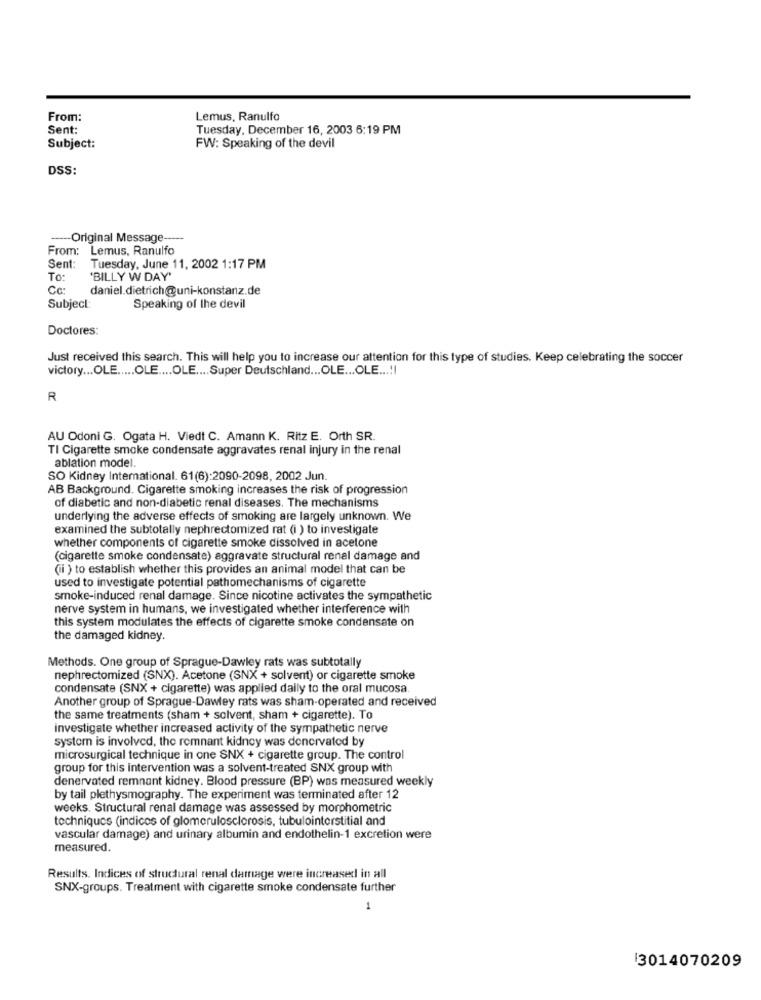
From:
Lemus, Ranulfo
Sent:
Tuesday, December 16, 2003 6:19 PM
Subject:
FW: Speaking of the devil
DSS:
-Original Message-
From: Lemus, Ranulfo
Sent:
Tuesday, June 11, 2002 1:17 PM
To:
'BILLY W DAY'
Cc:
daniel.dietrich@uni-konstanz.de
Subject:
Speaking of the devil
Doctores:
Just received this search. This will help you to increase our attention for this type of studies. Keep celebrating the soccer
victory ... OLE ..... OLE .... OLE .... Super Deutschland ... OLE ... OLE ...!!
R
AU Odoni G. Ogata H. Viedt C. Amann K. Ritz E. Orth SR.
TI Cigarette smoke condensate aggravates renal injury in the renal
ablation model.
SO Kidney International. 61(6):2090-2098, 2002 Jun.
AB Background. Cigarette smoking increases the risk of progression
of diabetic and non-diabetic renal diseases. The mechanisms
underlying the adverse effects of smoking are largely unknown. We
examined the subtotally nephrectomized rat (i ) to investigate
whether components of cigarette smoke dissolved in acetone
(cigarette smoke condensate) aggravate structural renal damage and
(ii ) to establish whether this provides an animal model that can be
used to investigate potential pathomechanisms of cigarette
smoke-induced renal damage. Since nicotine activates the sympathetic
nerve system in humans, we investigated whether interference with
this system modulates the effects of cigarette smoke condensate on
the damaged kidney.
Methods. One group of Sprague-Dawley rats was subtotally
nephrectomized (SNX). Acetone (SNX + solvent) or cigarette smoke
condensate (SNX + cigarette) was applied daily to the oral mucosa
Another group of Sprague-Dawley rats was sham-operated and received
the same treatments (sham + solvent, sham + cigarette). To
investigate whether increased activity of the sympathetic nerve
system is involved, the remnant kidney was denervated by
microsurgical technique in one SNX + cigarette group. The control
group for this intervention was a solvent-treated SNX group with
denervated remnant kidney. Blood pressure (BP) was measured weekly
by tail plethysmography. The experiment was terminated after 12
weeks. Structural renal damage was assessed by morphometric
techniques (indices of glomerulosclerosis, tubulointerstitial and
vascular damage) and urinary albumin and endothelin-1 excretion were
measured.
Results. Indices of structural renal damage were increased in all
SNX-groups. Treatment with cigarette smoke condensate further
3014070209